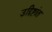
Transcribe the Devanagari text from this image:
उद्दिष्टांत